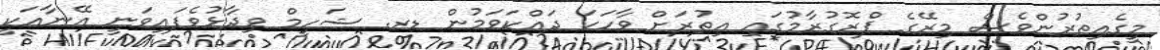
މީގެއިތުރުންވެސް މިރޭގެ ޕްރޮގުރާމުގައި އިތުރަށް ވާހަކަ ދައްކަވަމުން ޑރ. ޝަހީމް ވިދާޅުވެފައިވަނީ އޭނާއަކީ